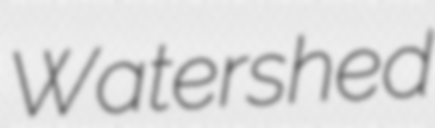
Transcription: Watershed